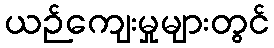
ယဉ်ကျေးမှုများတွင်